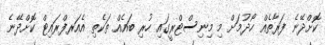
ކޮށްދޭނެ ފަރާތެއް ހޯދުމަށް މި މިނިސްޓްރީގައި ހުރި ބައެއް ތަކެތި އެއަރފްރައިޓް ކޮށްދޭނެ